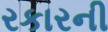
રકારની